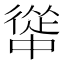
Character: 𭜅